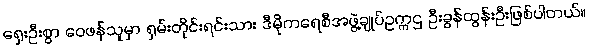
ရှေးဦးစွာ ဝေဖန်သူမှာ ရှမ်းတိုင်းရင်းသား ဒီမိုကရေစီအဖွဲ့ချုပ်ဥက္ကဌ ဦးခွန်ထွန်းဦးဖြစ်ပါတယ်။